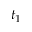
t _ { 1 }